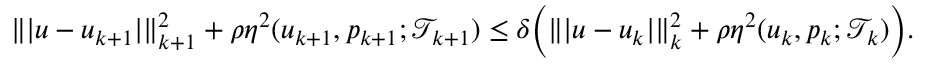
\| \vert \boldsymbol { u } - \boldsymbol { u } _ { k + 1 } \vert \| _ { k + 1 } ^ { 2 } + \rho \eta ^ { 2 } ( \boldsymbol { u } _ { k + 1 } , \boldsymbol { p } _ { k + 1 } ; \mathcal { T } _ { k + 1 } ) \leq \delta \bigg ( \| \vert \boldsymbol { u } - \boldsymbol { u } _ { k } \vert \| _ { k } ^ { 2 } + \rho \eta ^ { 2 } ( \boldsymbol { u } _ { k } , \boldsymbol { p } _ { k } ; \mathcal { T } _ { k } ) \bigg ) .